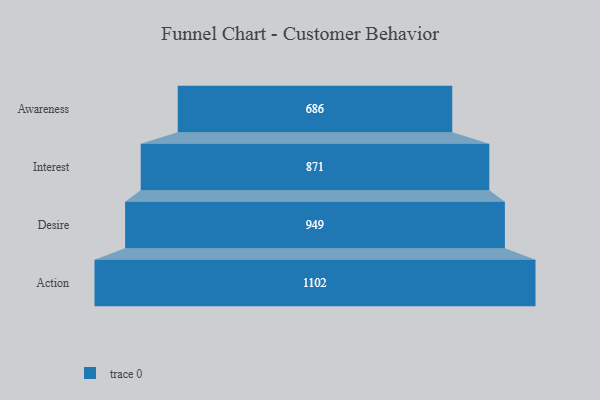
{"axis": {"x": "Stage", "y": "Value"}, "legend": [""], "data": [{"x": "Awareness", "y": 686.0, "type": ""}, {"x": "Interest", "y": 871.0, "type": ""}, {"x": "Desire", "y": 949.0, "type": ""}, {"x": "Action", "y": 1102.0, "type": ""}]}